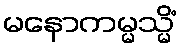
မနောကမ္မသ္မိံ